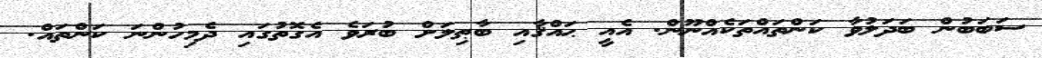
ސަބަބުން ބަދަލުވާ ކަންތައްތަކެއްނޫން. އެއީ ޙައްޤާއި ބާޠިލަށް ބުރަވެ އެގޮތުގައި ދެމިހުންނަ ކަންތައް.